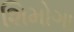
શિમોગા